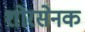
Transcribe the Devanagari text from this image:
शोरसेनक